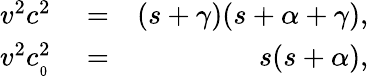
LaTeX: \begin{array}{rlr}{v^{2}c^{2}}&{{}=}&{(s+\gamma)(s+\alpha+\gamma),}\\ {v^{2}c_{_0}^{2}}&{{}=}&{s(s+\alpha),}\end{array}